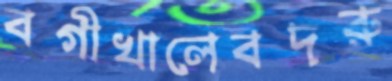
বগীখালেবদরু